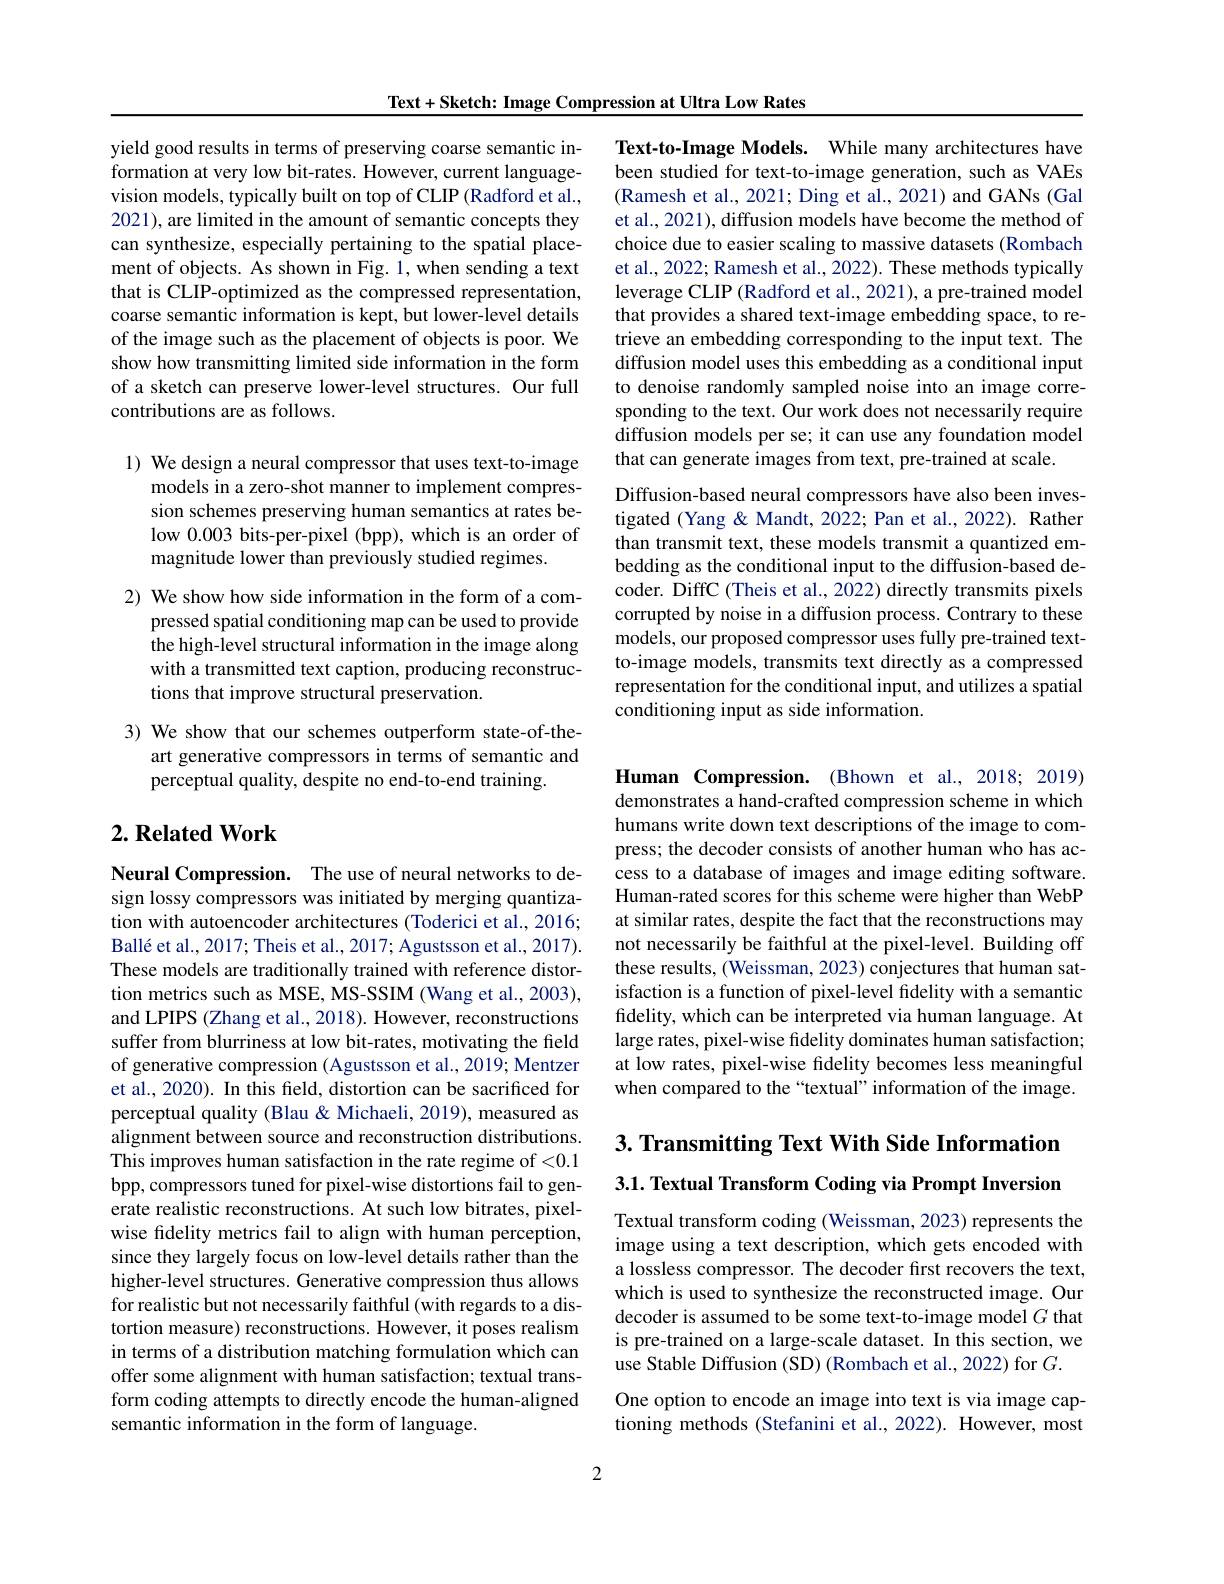
Text+Sketch: Image Compression at Ultra Low Rates

Text-to-Image Models. While many architectures have been studied for text-to-image generation, such as VAEs (Ramesh et al., 2021; Ding et al., 2021) and GANs (Gal et al., 2021), diffusion models have become the method of choice due to easier scaling to massive datasets (Rombach et al., 2022; Ramesh et al., 2022). These methods typically leverage CLIP (Radford et al., 2021), a pre-trained model that provides a shared text-image embedding space, to retrieve an embedding corresponding to the input text. The diffusion model uses this embedding as a conditional input to denoise randomly sampled noise into an image corresponding to the text. Our work does not necessarily require $\hat{\text{diffusion models per se; it can use any foundation model}}$ that can generate images from text, pre-trained at scale.

Diffusion-based neural compressors have also been investigated (Yang & Mandt, 2022; Pan et al., 2022). Rather than transmit text, these models transmit a quantized embedding as the conditional input to the diffusion-based decoder. DiffC (Theis et al., 2022) directly transmits pixels corrupted by noise in a diffusion process. Contrary to these models, our proposed compressor uses fully pre-trained textto-image models, transmits text directly as a compressed representation for the conditional input, and utilizes a spatial conditioning input as side information.

yield good results in terms of preserving coarse semantic information at very low bit-rates. However, current languagevision models, typically built on top of CLIP (Radford et al., 2021), are limited in the amount of semantic concepts they can synthesize, especially pertaining to the spatial placement of objects. As shown in Fig. 1, when sending a text that is CLIP-optimized as the compressed representation, coarse semantic information is kept, but lower-level details of the image such as the placement of objects is poor. We show how transmitting limited side information in the form of a sketch can preserve lower-level structures. Our full contributions are as follows.

1) We design a neural compressor that uses text-to-image
models in a zero-shot manner to implement compression schemes preserving human semantics at rates below 0.003 bits-per-pixel (bpp), which is an order of magnitude lower than previously studied regimes.

2) We show how side information in the form of a com-
pressed spatial conditioning map can be used to provide the high-level structural information in the image along with a transmitted text caption, producing reconstructions that improve structural preservation.

3) We show that our schemes outperform state-of-the-
art generative compressors in terms of semantic and
perceptual quality, despite no end-to-end training.

## $2. \textbf{ Related Work}$

Neural Compression. The use of neural networks to design lossy compressors was initiated by merging quantization with autoencoder architectures (Toderici et al., 2016; Ballé et al., 2017; Theis et al., 2017; Agustsson et al., 2017). These models are traditionally trained with reference distortion metrics such as MSE, MS-SSIM (Wang et al., 2003), and LPIPS (Zhang et al., 2018). However, reconstructions suffer from blurriness at low bit-rates, motivating the field of generative compression (Agustsson et al., 2019; Mentzer et al., 2020). In this field, distortion can be sacrificed for perceptual quality (Blau & Michaeli, 2019), measured as alignment between source and reconstruction distributions. This improves human satisfaction in the rate regime of <0.1 bpp, compressors tuned for pixel-wise distortions fail to generate realistic reconstructions. At such low bitrates, pixelwise fidelity metrics fail to align with human perception, since they largely focus on low-level details rather than the higher-level structures. Generative compression thus allows for realistic but not necessarily faithful (with regards to a distortion measure) reconstructions. However, it poses realism in terms of a distribution matching formulation which can offer some alignment with human satisfaction; textual transform coding attempts to directly encode the human-aligned semantic information in the form of language.

Human Compression.(Bhown et al.,2018;2019) demonstrates a hand-crafted compression scheme in which humans write down text descriptions of the image to compress; the decoder consists of another human who has access to a database of images and image editing software. Human-rated scores for this scheme were higher than WebP at similar rates, despite the fact that the reconstructions may not necessarily be faithful at the pixel-level. Building off these results, (Weissman, 2023) conjectures that human satisfaction is a function of pixel-level fidelity with a semantic fidelity, which can be interpreted via human language. At large rates, pixel-wise fidelity dominates human satisfaction; at low rates, pixel-wise fidelity becomes less meaningful when compared to the “textual”information of the image.

## 3. Transmitting Text With Side Information 3.1. Textual Transform Coding via Prompt Inversion

Textual transform coding (Weissman, 2023) represents the image using a text description, which gets encoded with a lossless compressor. The decoder first recovers the text, which is used to synthesize the reconstructed image. Our decoder is assumed to be some text-to-image model $G$ that is pre-trained on a large-scale dataset. In this section, we use Stable Diffusion (SD) (Rombach et al., 2022) for $G.$

One option to encode an image into text is via image captioning methods (Stefanini et al., 2022). However, most

2